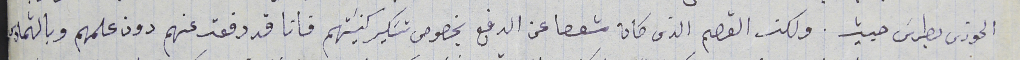
الخورى بطرسَ حبيش. ولكن القصم الذى كان مستعفا عن الدفع بخصوص تسَكير كنيسَتهم فانا قد دفعت عنهم دون علمهم وبالتمادى